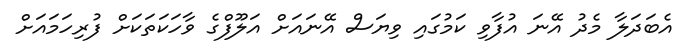
އެބަދަލާ މެދު އޭނަ އުފާވި ކަމުގައި ވިޔަސް އޭނައަށް އަލޫފްގެ ވާހަކަތަކަށް ފުރިހަމައަށް